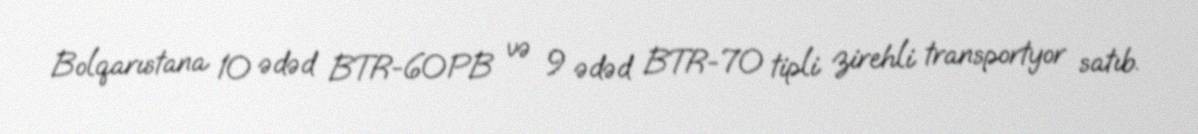
Bolqarıstana 10 ədəd BTR-60PB və 9 ədəd BTR-70 tipli zirehli transportyor satıb.